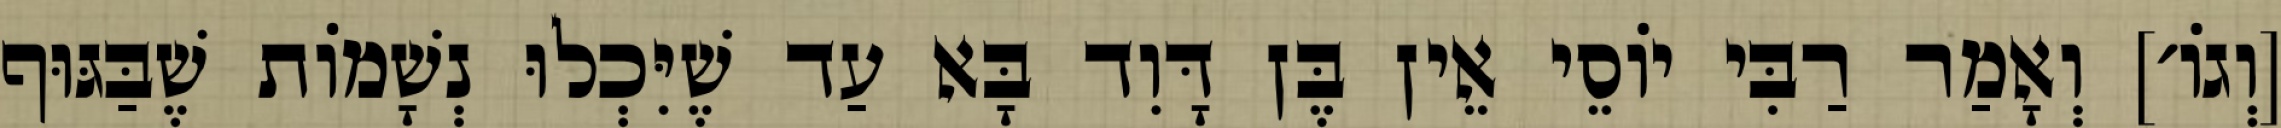
[וְגוֹ׳] וְאָמַר רַבִּי יוֹסֵי אֵין בֶּן דָּוִד בָּא עַד שֶׁיִּכְלוּ נְשָׁמוֹת שֶׁבַּגּוּף